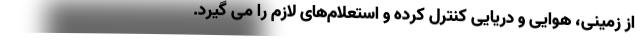
از زمینی، هوایی و دریایی کنترل کرده و استعلام‌های لازم را می گیرد.